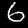
Digit: 6